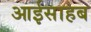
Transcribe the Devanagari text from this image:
आईसाहब